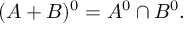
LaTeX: ( A + B ) ^ { 0 } = A ^ { 0 } \cap B ^ { 0 } .